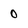
Character: 0